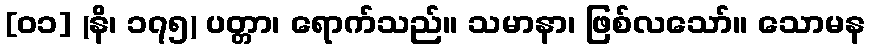
[၀၁] (နိ၊ ၁၇၅) ပတ္တာ၊ ရောက်သည်။ သမာနာ၊ ဖြစ်လသော်။ သောမန